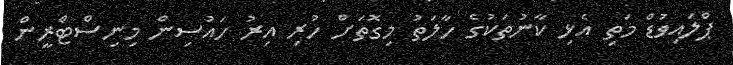
ޕްލައިވުޑް މަތި އެޅި ކާނުތަކުގެ ހާލަތު މިގޮތަށް ހުރި އިރު ހައުސިން މިނިސްޓްރީން